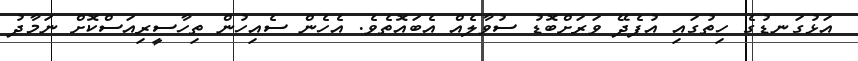
އަޅުގަނޑުގެ ހިތުގައި އުފެދޭ ވަރަށްބޮޑު ސުވާލެއް އެބައޮތެވެ. އެހެން ސެއިހުން ތިހާސީރިއަސްކޮށް ނަމާދު